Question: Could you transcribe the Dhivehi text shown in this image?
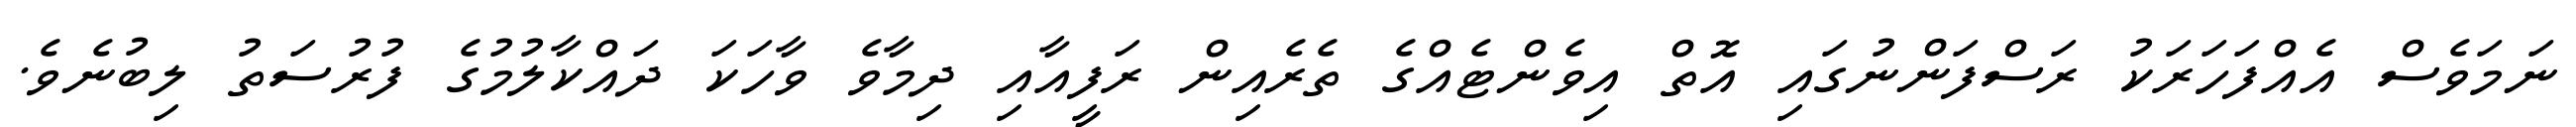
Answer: ނަމަވެސް އެއްފަހަރަކު ރަސްފަންނުގައި އޮތް އިވެންޓެއްގެ ތެރެއިން ރަފީއާއި ދިމާވެ ވާހަކަ ދައްކާލުމުގެ ފުރުސަތު ލިބުނެވެ.